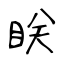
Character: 眹